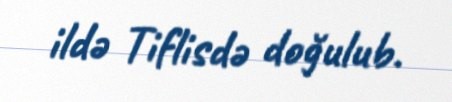
ildə Tiflisdə doğulub.